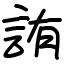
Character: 詴